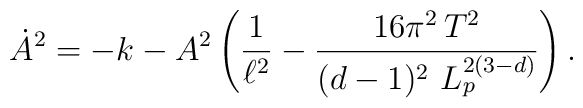
\dot{A}^2 = -k - A^2 \left( \frac{1}{\ell^2} - \frac{16 \pi^2 \,T^2}{(d-1)^2\,\,L_p^{2(3-d)}} \right).